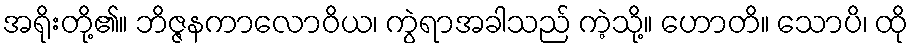
အရိုးတို့၏။ ဘိဇ္ဇနကာလောဝိယ၊ ကွဲရာအခါသည် ကဲ့သို့။ ဟောတိ။ သောပိ၊ ထို